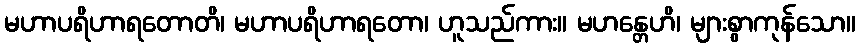
မဟာပရိဟာရတောတိ၊ မဟာပရိဟာရတော၊ ဟူသည်ကား။ မဟန္တေဟိ၊ များစွာကုန်သော။